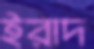
ইরাদ